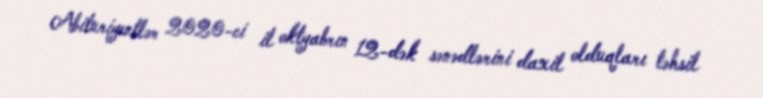
Abituriyentlər 2020-ci il oktyabrın 12-dək sənədlərini daxil olduqları təhsil